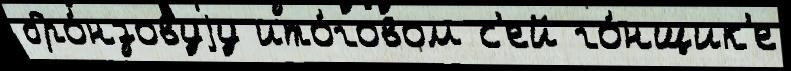
бро́нзовуjу ито́говом с'ей го́нщик'е